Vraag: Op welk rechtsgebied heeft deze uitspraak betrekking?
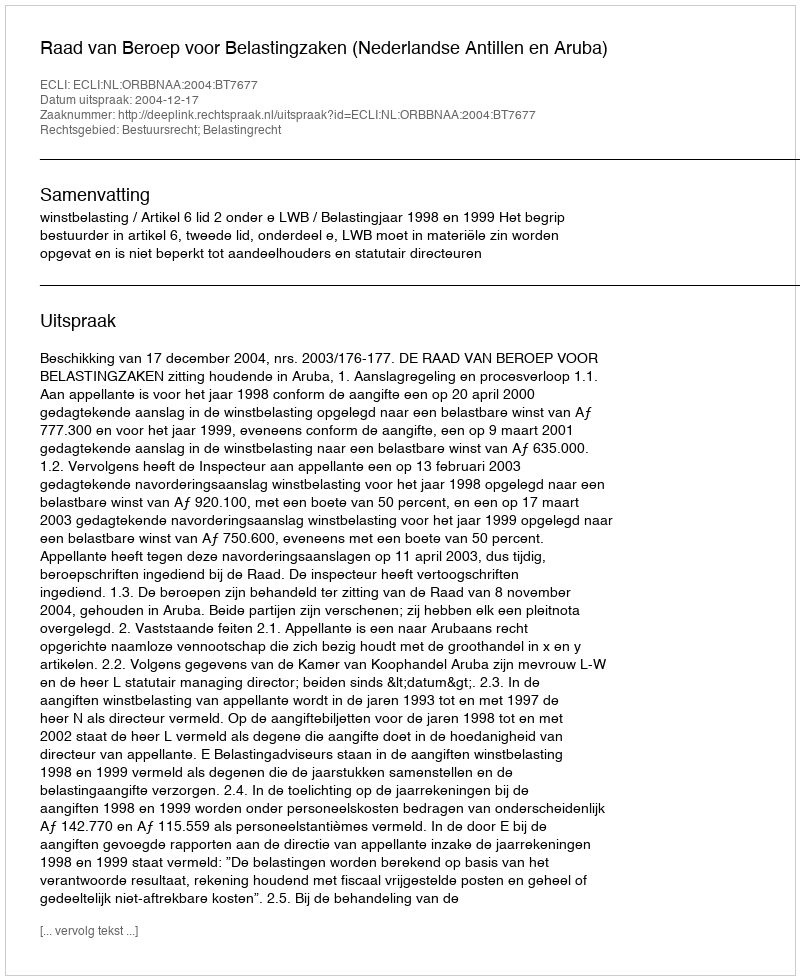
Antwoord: Bestuursrecht; Belastingrecht